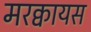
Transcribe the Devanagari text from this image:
मरक्वायस